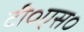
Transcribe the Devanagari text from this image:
टी०एस०